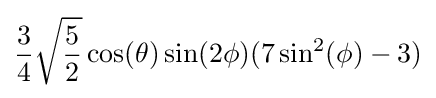
{\frac {3}{4}}{\sqrt {\frac {5}{2}}}\cos(\theta )\sin(2\phi )(7\sin ^{2}(\phi )-3)